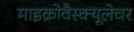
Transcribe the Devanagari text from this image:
माइक्रोवैस्क्यूलेचर